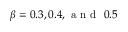
\beta = 0 . 3 , 0 . 4 , \mathrm { ~ a ~ n ~ d ~ } ~ 0 . 5